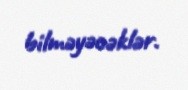
bilməyəcəklər.